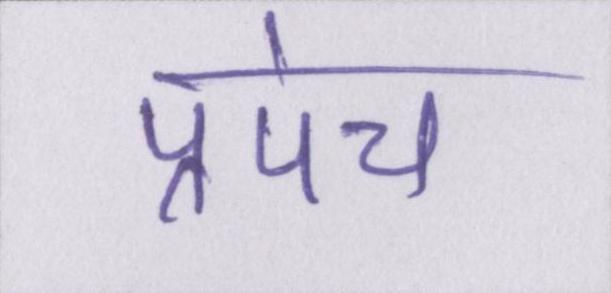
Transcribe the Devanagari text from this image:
प्रपंच